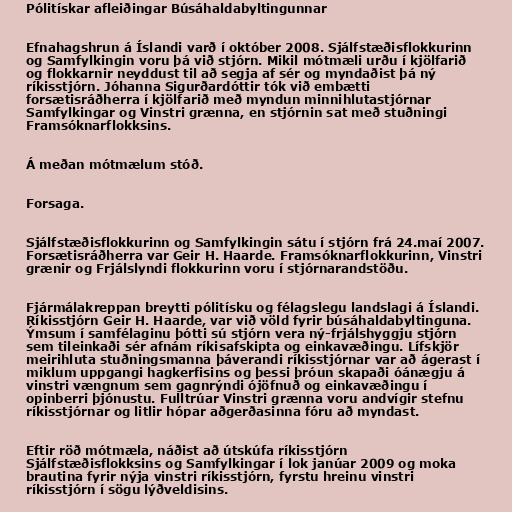
Pólitískar afleiðingar Búsáhaldabyltingunnar

Efnahagshrun á Íslandi varð í október 2008. Sjálfstæðisflokkurinn
og Samfylkingin voru þá við stjórn. Mikil mótmæli urðu í kjölfarið
og flokkarnir neyddust til að segja af sér og myndaðist þá ný
ríkisstjórn. Jóhanna Sigurðardóttir tók við embætti
forsætisráðherra í kjölfarið með myndun minnihlutastjórnar
Samfylkingar og Vinstri grænna, en stjórnin sat með stuðningi
Framsóknarflokksins.

Á meðan mótmælum stóð.

Forsaga.

Sjálfstæðisflokkurinn og Samfylkingin sátu í stjórn frá 24.maí 2007.
Forsætisráðherra var Geir H. Haarde. Framsóknarflokkurinn, Vinstri
grænir og Frjálslyndi flokkurinn voru í stjórnarandstöðu.

Fjármálakreppan breytti pólitísku og félagslegu landslagi á Íslandi.
Ríkisstjórn Geir H. Haarde, var við völd fyrir búsáhaldabyltinguna.
Ýmsum í samfélaginu þótti sú stjórn vera ný-frjálshyggju stjórn
sem tileinkaði sér afnám ríkisafskipta og einkavæðingu. Lífskjör
meirihluta stuðningsmanna þáverandi ríkisstjórnar var að ágerast í
miklum uppgangi hagkerfisins og þessi þróun skapaði óánægju á
vinstri vængnum sem gagnrýndi ójöfnuð og einkavæðingu í
opinberri þjónustu. Fulltrúar Vinstri grænna voru andvígir stefnu
ríkisstjórnar og litlir hópar aðgerðasinna fóru að myndast.

Eftir röð mótmæla, náðist að útskúfa ríkisstjórn
Sjálfstæðisflokksins og Samfylkingar í lok janúar 2009 og moka
brautina fyrir nýja vinstri ríkisstjórn, fyrstu hreinu vinstri
ríkisstjórn í sögu lýðveldisins.